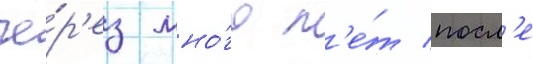
че́р'ез мно́го л'е́т посл'е